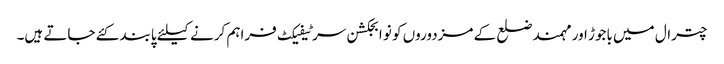
چترال میں باجوڑ اور مہمند ضلع کے مزدوروں کو نو ابجکشن سرٹیفیکٹ فراہم کرنے کیلئے پابند کئے جاتے ہیں۔